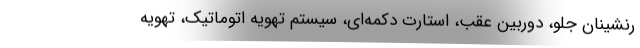
رنشینان جلو، دوربین عقب، استارت دکمه‌ای، سیستم تهویه اتوماتیک، تهویه